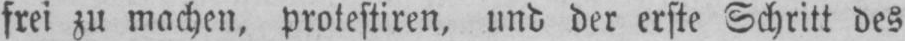
frei zu machen, protestiren, und der erste Schritt des